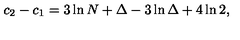
c _ { 2 } - c _ { 1 } = 3 \ln N + \Delta - 3 \ln \Delta + 4 \ln 2 ,